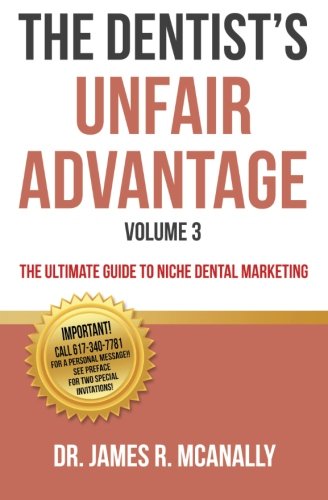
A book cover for The Dentist's Unfair Advantage: The Ultimate Guide to Niche Dental Marketing (The Ultimate Guide to Dental Niche Marketing) (Volume 3); Dr. James R. McAnally; Medical Books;